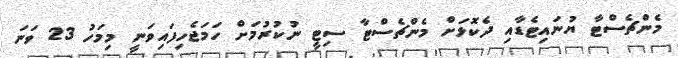
މެންޗެސްޓާ ޔުނައިޓެޑާއި ދެކޮޅަށް މެންޗެސްޓާ ސިޓީ ނުކުރުމަށް ހަމަޖެހިފައިވަނީ މިމަހު 23 ވަނަ